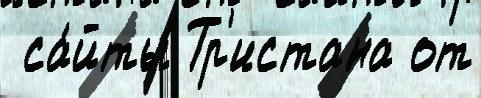
 са́йты Тр'истана от